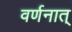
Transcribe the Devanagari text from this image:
वर्णनात्